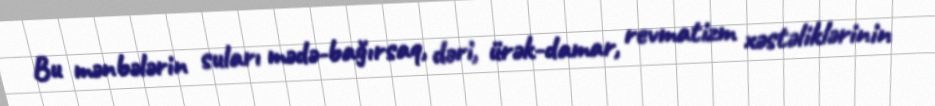
Bu mənbələrin suları mədə-bağırsaq, dəri, ürək-damar, revmatizm xəstəliklərinin